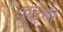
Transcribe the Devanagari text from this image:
चूल्ही